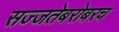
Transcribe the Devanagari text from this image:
सज्जतेबरोबरच